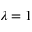
\lambda = 1